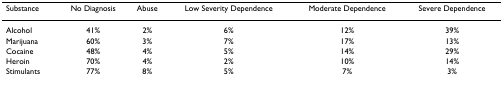
<table><thead><tr><td><b>Substance</b></td><td><b>No Diagnosis</b></td><td><b>Abuse</b></td><td><b>Low Severity Dependence</b></td><td><b>Moderate Dependence</b></td><td><b>Severe Dependence</b></td></tr></thead><tbody><tr><td>Alcohol</td><td>41%</td><td>2%</td><td>6%</td><td>12%</td><td>39%</td></tr><tr><td>Marijuana</td><td>60%</td><td>3%</td><td>7%</td><td>17%</td><td>13%</td></tr><tr><td>Cocaine</td><td>48%</td><td>4%</td><td>5%</td><td>14%</td><td>29%</td></tr><tr><td>Heroin</td><td>70%</td><td>4%</td><td>2%</td><td>10%</td><td>14%</td></tr><tr><td>Stimulants</td><td>77%</td><td>8%</td><td>5%</td><td>7%</td><td>3%</td></tr></tbody></table>